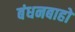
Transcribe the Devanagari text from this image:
बंधनबाहो